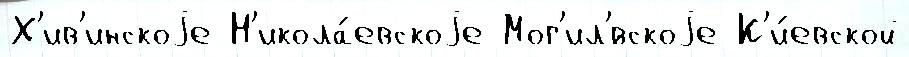
Х'ив'инскоjе Н'икола́евскоjе Мог'ил'́вскоjе К'и́евской